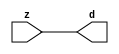

//------> ./rtl_mgc_ioport.v 
//------------------------------------------------------------------
//                M G C _ I O P O R T _ C O M P S
//------------------------------------------------------------------

//------------------------------------------------------------------
//                       M O D U L E S
//------------------------------------------------------------------

//------------------------------------------------------------------
//-- INPUT ENTITIES
//------------------------------------------------------------------

module mgc_in_wire (d, z);

  parameter integer rscid = 1;
  parameter integer width = 8;

  output [width-1:0] d;
  input  [width-1:0] z;

  wire   [width-1:0] d;

  assign d = z;

endmodule

//------------------------------------------------------------------

module mgc_in_wire_en (ld, d, lz, z);

  parameter integer rscid = 1;
  parameter integer width = 8;

  input              ld;
  output [width-1:0] d;
  output             lz;
  input  [width-1:0] z;

  wire   [width-1:0] d;
  wire               lz;

  assign d = z;
  assign lz = ld;

endmodule

//------------------------------------------------------------------

module mgc_in_wire_wait (ld, vd, d, lz, vz, z);

  parameter integer rscid = 1;
  parameter integer width = 8;

  input              ld;
  output             vd;
  output [width-1:0] d;
  output             lz;
  input              vz;
  input  [width-1:0] z;

  wire               vd;
  wire   [width-1:0] d;
  wire               lz;

  assign d = z;
  assign lz = ld;
  assign vd = vz;

endmodule
//------------------------------------------------------------------

module mgc_chan_in (ld, vd, d, lz, vz, z, size, req_size, sizez, sizelz);

  parameter integer rscid = 1;
  parameter integer width = 8;
  parameter integer sz_width = 8;

  input              ld;
  output             vd;
  output [width-1:0] d;
  output             lz;
  input              vz;
  input  [width-1:0] z;
  output [sz_width-1:0] size;
  input              req_size;
  input  [sz_width-1:0] sizez;
  output             sizelz;


  wire               vd;
  wire   [width-1:0] d;
  wire               lz;
  wire   [sz_width-1:0] size;
  wire               sizelz;

  assign d = z;
  assign lz = ld;
  assign vd = vz;
  assign size = sizez;
  assign sizelz = req_size;

endmodule


//------------------------------------------------------------------
//-- OUTPUT ENTITIES
//------------------------------------------------------------------

module mgc_out_stdreg (d, z);

  parameter integer rscid = 1;
  parameter integer width = 8;

  input    [width-1:0] d;
  output   [width-1:0] z;

  wire     [width-1:0] z;

  assign z = d;

endmodule

//------------------------------------------------------------------

module mgc_out_stdreg_en (ld, d, lz, z);

  parameter integer rscid = 1;
  parameter integer width = 8;

  input              ld;
  input  [width-1:0] d;
  output             lz;
  output [width-1:0] z;

  wire               lz;
  wire   [width-1:0] z;

  assign z = d;
  assign lz = ld;

endmodule

//------------------------------------------------------------------

module mgc_out_stdreg_wait (ld, vd, d, lz, vz, z);

  parameter integer rscid = 1;
  parameter integer width = 8;

  input              ld;
  output             vd;
  input  [width-1:0] d;
  output             lz;
  input              vz;
  output [width-1:0] z;

  wire               vd;
  wire               lz;
  wire   [width-1:0] z;

  assign z = d;
  assign lz = ld;
  assign vd = vz;

endmodule

//------------------------------------------------------------------

module mgc_out_prereg_en (ld, d, lz, z);

    parameter integer rscid = 1;
    parameter integer width = 8;

    input              ld;
    input  [width-1:0] d;
    output             lz;
    output [width-1:0] z;

    wire               lz;
    wire   [width-1:0] z;

    assign z = d;
    assign lz = ld;

endmodule

//------------------------------------------------------------------
//-- INOUT ENTITIES
//------------------------------------------------------------------

module mgc_inout_stdreg_en (ldin, din, ldout, dout, lzin, lzout, z);

    parameter integer rscid = 1;
    parameter integer width = 8;

    input              ldin;
    output [width-1:0] din;
    input              ldout;
    input  [width-1:0] dout;
    output             lzin;
    output             lzout;
    inout  [width-1:0] z;

    wire   [width-1:0] din;
    wire               lzin;
    wire               lzout;
    wire   [width-1:0] z;

    assign lzin = ldin;
    assign din = ldin ? z : {width{1'bz}};
    assign lzout = ldout;
    assign z = ldout ? dout : {width{1'bz}};

endmodule

//------------------------------------------------------------------
module hid_tribuf( I_SIG, ENABLE, O_SIG);
  parameter integer width = 8;

  input [width-1:0] I_SIG;
  input ENABLE;
  inout [width-1:0] O_SIG;

  assign O_SIG = (ENABLE) ? I_SIG : { width{1'bz}};

endmodule
//------------------------------------------------------------------

module mgc_inout_stdreg_wait (ldin, vdin, din, ldout, vdout, dout, lzin, vzin, lzout, vzout, z);

    parameter integer rscid = 1;
    parameter integer width = 8;

    input              ldin;
    output             vdin;
    output [width-1:0] din;
    input              ldout;
    output             vdout;
    input  [width-1:0] dout;
    output             lzin;
    input              vzin;
    output             lzout;
    input              vzout;
    inout  [width-1:0] z;

    wire               vdin;
    wire   [width-1:0] din;
    wire               vdout;
    wire               lzin;
    wire               lzout;
    wire   [width-1:0] z;
    wire   ldout_and_vzout;

    assign lzin = ldin;
    assign vdin = vzin;
    assign din = ldin ? z : {width{1'bz}};
    assign lzout = ldout;
    assign vdout = vzout ;
    assign ldout_and_vzout = ldout && vzout ;

    hid_tribuf #(width) tb( .I_SIG(dout),
                            .ENABLE(ldout_and_vzout),
                            .O_SIG(z) );

endmodule

//------------------------------------------------------------------

module mgc_inout_buf_wait (clk, en, arst, srst, ldin, vdin, din, ldout, vdout, dout, lzin, vzin, lzout, vzout, z);

    parameter integer rscid   = 0; // resource ID
    parameter integer width   = 8; // fifo width
    parameter         ph_clk  =  1'b1; // clock polarity 1=rising edge, 0=falling edge
    parameter         ph_en   =  1'b1; // clock enable polarity
    parameter         ph_arst =  1'b1; // async reset polarity
    parameter         ph_srst =  1'b1; // sync reset polarity

    input              clk;
    input              en;
    input              arst;
    input              srst;
    input              ldin;
    output             vdin;
    output [width-1:0] din;
    input              ldout;
    output             vdout;
    input  [width-1:0] dout;
    output             lzin;
    input              vzin;
    output             lzout;
    input              vzout;
    inout  [width-1:0] z;

    wire               lzout_buf;
    wire               vzout_buf;
    wire   [width-1:0] z_buf;
    wire               vdin;
    wire   [width-1:0] din;
    wire               vdout;
    wire               lzin;
    wire               lzout;
    wire   [width-1:0] z;

    assign lzin = ldin;
    assign vdin = vzin;
    assign din = ldin ? z : {width{1'bz}};
    assign lzout = lzout_buf & ~ldin;
    assign vzout_buf = vzout & ~ldin;
    hid_tribuf #(width) tb( .I_SIG(z_buf),
                            .ENABLE((lzout_buf && (!ldin) && vzout) ),
                            .O_SIG(z)  );

    mgc_out_buf_wait
    #(
        .rscid   (rscid),
        .width   (width),
        .ph_clk  (ph_clk),
        .ph_en   (ph_en),
        .ph_arst (ph_arst),
        .ph_srst (ph_srst)
    )
    BUFF
    (
        .clk     (clk),
        .en      (en),
        .arst    (arst),
        .srst    (srst),
        .ld      (ldout),
        .vd      (vdout),
        .d       (dout),
        .lz      (lzout_buf),
        .vz      (vzout_buf),
        .z       (z_buf)
    );


endmodule

module mgc_inout_fifo_wait (clk, en, arst, srst, ldin, vdin, din, ldout, vdout, dout, lzin, vzin, lzout, vzout, z);

    parameter integer rscid   = 0; // resource ID
    parameter integer width   = 8; // fifo width
    parameter integer fifo_sz = 8; // fifo depth
    parameter         ph_clk  = 1'b1;  // clock polarity 1=rising edge, 0=falling edge
    parameter         ph_en   = 1'b1;  // clock enable polarity
    parameter         ph_arst = 1'b1;  // async reset polarity
    parameter         ph_srst = 1'b1;  // sync reset polarity
    parameter integer ph_log2 = 3;     // log2(fifo_sz)
    parameter integer pwropt  = 0;     // pwropt

    input              clk;
    input              en;
    input              arst;
    input              srst;
    input              ldin;
    output             vdin;
    output [width-1:0] din;
    input              ldout;
    output             vdout;
    input  [width-1:0] dout;
    output             lzin;
    input              vzin;
    output             lzout;
    input              vzout;
    inout  [width-1:0] z;

    wire               lzout_buf;
    wire               vzout_buf;
    wire   [width-1:0] z_buf;
    wire               comb;
    wire               vdin;
    wire   [width-1:0] din;
    wire               vdout;
    wire               lzin;
    wire               lzout;
    wire   [width-1:0] z;

    assign lzin = ldin;
    assign vdin = vzin;
    assign din = ldin ? z : {width{1'bz}};
    assign lzout = lzout_buf & ~ldin;
    assign vzout_buf = vzout & ~ldin;
    assign comb = (lzout_buf && (!ldin) && vzout);

    hid_tribuf #(width) tb2( .I_SIG(z_buf), .ENABLE(comb), .O_SIG(z)  );

    mgc_out_fifo_wait
    #(
        .rscid   (rscid),
        .width   (width),
        .fifo_sz (fifo_sz),
        .ph_clk  (ph_clk),
        .ph_en   (ph_en),
        .ph_arst (ph_arst),
        .ph_srst (ph_srst),
        .ph_log2 (ph_log2),
        .pwropt  (pwropt)
    )
    FIFO
    (
        .clk   (clk),
        .en      (en),
        .arst    (arst),
        .srst    (srst),
        .ld      (ldout),
        .vd      (vdout),
        .d       (dout),
        .lz      (lzout_buf),
        .vz      (vzout_buf),
        .z       (z_buf)
    );

endmodule

//------------------------------------------------------------------
//-- I/O SYNCHRONIZATION ENTITIES
//------------------------------------------------------------------

module mgc_io_sync (ld, lz);

    input  ld;
    output lz;

    assign lz = ld;

endmodule

module mgc_bsync_rdy (rd, rz);

    parameter integer rscid   = 0; // resource ID
    parameter ready = 1;
    parameter valid = 0;

    input  rd;
    output rz;

    wire   rz;

    assign rz = rd;

endmodule

module mgc_bsync_vld (vd, vz);

    parameter integer rscid   = 0; // resource ID
    parameter ready = 0;
    parameter valid = 1;

    output vd;
    input  vz;

    wire   vd;

    assign vd = vz;

endmodule

module mgc_bsync_rv (rd, vd, rz, vz);

    parameter integer rscid   = 0; // resource ID
    parameter ready = 1;
    parameter valid = 1;

    input  rd;
    output vd;
    output rz;
    input  vz;

    wire   vd;
    wire   rz;

    assign rz = rd;
    assign vd = vz;

endmodule

//------------------------------------------------------------------

module mgc_sync (ldin, vdin, ldout, vdout);

  input  ldin;
  output vdin;
  input  ldout;
  output vdout;

  wire   vdin;
  wire   vdout;

  assign vdin = ldout;
  assign vdout = ldin;

endmodule

///////////////////////////////////////////////////////////////////////////////
// dummy function used to preserve funccalls for modulario
// it looks like a memory read to the caller
///////////////////////////////////////////////////////////////////////////////
module funccall_inout (d, ad, bd, z, az, bz);

  parameter integer ram_id = 1;
  parameter integer width = 8;
  parameter integer addr_width = 8;

  output [width-1:0]       d;
  input  [addr_width-1:0]  ad;
  input                    bd;
  input  [width-1:0]       z;
  output [addr_width-1:0]  az;
  output                   bz;

  wire   [width-1:0]       d;
  wire   [addr_width-1:0]  az;
  wire                     bz;

  assign d  = z;
  assign az = ad;
  assign bz = bd;

endmodule


///////////////////////////////////////////////////////////////////////////////
// inlinable modular io not otherwise found in mgc_ioport
///////////////////////////////////////////////////////////////////////////////

module modulario_en_in (vd, d, vz, z);

  parameter integer rscid = 1;
  parameter integer width = 8;

  output             vd;
  output [width-1:0] d;
  input              vz;
  input  [width-1:0] z;

  wire   [width-1:0] d;
  wire               vd;

  assign d = z;
  assign vd = vz;

endmodule

//------> ./rtl_mgc_ioport_v2001.v 
//------------------------------------------------------------------

module mgc_out_reg_pos (clk, en, arst, srst, ld, d, lz, z);

    parameter integer rscid   = 1;
    parameter integer width   = 8;
    parameter         ph_en   =  1'b1;
    parameter         ph_arst =  1'b1;
    parameter         ph_srst =  1'b1;

    input              clk;
    input              en;
    input              arst;
    input              srst;
    input              ld;
    input  [width-1:0] d;
    output             lz;
    output [width-1:0] z;

    reg                lz;
    reg    [width-1:0] z;

    generate
    if (ph_arst == 1'b0)
    begin: NEG_ARST
        always @(posedge clk or negedge arst)
        if (arst == 1'b0)
        begin: B1
            lz <= 1'b0;
            z  <= {width{1'b0}};
        end
        else if (srst == ph_srst)
        begin: B2
            lz <= 1'b0;
            z  <= {width{1'b0}};
        end
        else if (en == ph_en)
        begin: B3
            lz <= ld;
            z  <= (ld) ? d : z;
        end
    end
    else
    begin: POS_ARST
        always @(posedge clk or posedge arst)
        if (arst == 1'b1)
        begin: B1
            lz <= 1'b0;
            z  <= {width{1'b0}};
        end
        else if (srst == ph_srst)
        begin: B2
            lz <= 1'b0;
            z  <= {width{1'b0}};
        end
        else if (en == ph_en)
        begin: B3
            lz <= ld;
            z  <= (ld) ? d : z;
        end
    end
    endgenerate

endmodule

//------------------------------------------------------------------

module mgc_out_reg_neg (clk, en, arst, srst, ld, d, lz, z);

    parameter integer rscid   = 1;
    parameter integer width   = 8;
    parameter         ph_en   =  1'b1;
    parameter         ph_arst =  1'b1;
    parameter         ph_srst =  1'b1;

    input              clk;
    input              en;
    input              arst;
    input              srst;
    input              ld;
    input  [width-1:0] d;
    output             lz;
    output [width-1:0] z;

    reg                lz;
    reg    [width-1:0] z;

    generate
    if (ph_arst == 1'b0)
    begin: NEG_ARST
        always @(negedge clk or negedge arst)
        if (arst == 1'b0)
        begin: B1
            lz <= 1'b0;
            z  <= {width{1'b0}};
        end
        else if (srst == ph_srst)
        begin: B2
            lz <= 1'b0;
            z  <= {width{1'b0}};
        end
        else if (en == ph_en)
        begin: B3
            lz <= ld;
            z  <= (ld) ? d : z;
        end
    end
    else
    begin: POS_ARST
        always @(negedge clk or posedge arst)
        if (arst == 1'b1)
        begin: B1
            lz <= 1'b0;
            z  <= {width{1'b0}};
        end
        else if (srst == ph_srst)
        begin: B2
            lz <= 1'b0;
            z  <= {width{1'b0}};
        end
        else if (en == ph_en)
        begin: B3
            lz <= ld;
            z  <= (ld) ? d : z;
        end
    end
    endgenerate

endmodule

//------------------------------------------------------------------

module mgc_out_reg (clk, en, arst, srst, ld, d, lz, z); // Not Supported

    parameter integer rscid   = 1;
    parameter integer width   = 8;
    parameter         ph_clk  =  1'b1;
    parameter         ph_en   =  1'b1;
    parameter         ph_arst =  1'b1;
    parameter         ph_srst =  1'b1;

    input              clk;
    input              en;
    input              arst;
    input              srst;
    input              ld;
    input  [width-1:0] d;
    output             lz;
    output [width-1:0] z;


    generate
    if (ph_clk == 1'b0)
    begin: NEG_EDGE

        mgc_out_reg_neg
        #(
            .rscid   (rscid),
            .width   (width),
            .ph_en   (ph_en),
            .ph_arst (ph_arst),
            .ph_srst (ph_srst)
        )
        mgc_out_reg_neg_inst
        (
            .clk     (clk),
            .en      (en),
            .arst    (arst),
            .srst    (srst),
            .ld      (ld),
            .d       (d),
            .lz      (lz),
            .z       (z)
        );

    end
    else
    begin: POS_EDGE

        mgc_out_reg_pos
        #(
            .rscid   (rscid),
            .width   (width),
            .ph_en   (ph_en),
            .ph_arst (ph_arst),
            .ph_srst (ph_srst)
        )
        mgc_out_reg_pos_inst
        (
            .clk     (clk),
            .en      (en),
            .arst    (arst),
            .srst    (srst),
            .ld      (ld),
            .d       (d),
            .lz      (lz),
            .z       (z)
        );

    end
    endgenerate

endmodule




//------------------------------------------------------------------

module mgc_out_buf_wait (clk, en, arst, srst, ld, vd, d, vz, lz, z); // Not supported

    parameter integer rscid   = 1;
    parameter integer width   = 8;
    parameter         ph_clk  =  1'b1;
    parameter         ph_en   =  1'b1;
    parameter         ph_arst =  1'b1;
    parameter         ph_srst =  1'b1;

    input              clk;
    input              en;
    input              arst;
    input              srst;
    input              ld;
    output             vd;
    input  [width-1:0] d;
    output             lz;
    input              vz;
    output [width-1:0] z;

    wire               filled;
    wire               filled_next;
    wire   [width-1:0] abuf;
    wire               lbuf;


    assign filled_next = (filled & (~vz)) | (filled & ld) | (ld & (~vz));

    assign lbuf = ld & ~(filled ^ vz);

    assign vd = vz | ~filled;

    assign lz = ld | filled;

    assign z = (filled) ? abuf : d;

    wire dummy;
    wire dummy_bufreg_lz;

    // Output registers:
    mgc_out_reg
    #(
        .rscid   (rscid),
        .width   (1'b1),
        .ph_clk  (ph_clk),
        .ph_en   (ph_en),
        .ph_arst (ph_arst),
        .ph_srst (ph_srst)
    )
    STATREG
    (
        .clk     (clk),
        .en      (en),
        .arst    (arst),
        .srst    (srst),
        .ld      (filled_next),
        .d       (1'b0),       // input d is unused
        .lz      (filled),
        .z       (dummy)            // output z is unused
    );

    mgc_out_reg
    #(
        .rscid   (rscid),
        .width   (width),
        .ph_clk  (ph_clk),
        .ph_en   (ph_en),
        .ph_arst (ph_arst),
        .ph_srst (ph_srst)
    )
    BUFREG
    (
        .clk     (clk),
        .en      (en),
        .arst    (arst),
        .srst    (srst),
        .ld      (lbuf),
        .d       (d),
        .lz      (dummy_bufreg_lz),
        .z       (abuf)
    );

endmodule

//------------------------------------------------------------------

module mgc_out_fifo_wait (clk, en, arst, srst, ld, vd, d, lz, vz,  z);

    parameter integer rscid   = 0; // resource ID
    parameter integer width   = 8; // fifo width
    parameter integer fifo_sz = 8; // fifo depth
    parameter         ph_clk  = 1'b1; // clock polarity 1=rising edge, 0=falling edge
    parameter         ph_en   = 1'b1; // clock enable polarity
    parameter         ph_arst = 1'b1; // async reset polarity
    parameter         ph_srst = 1'b1; // sync reset polarity
    parameter integer ph_log2 = 3; // log2(fifo_sz)
    parameter integer pwropt  = 0; // pwropt


    input                 clk;
    input                 en;
    input                 arst;
    input                 srst;
    input                 ld;    // load data
    output                vd;    // fifo full active low
    input     [width-1:0] d;
    output                lz;    // fifo ready to send
    input                 vz;    // dest ready for data
    output    [width-1:0] z;

    wire    [31:0]      size;


      // Output registers:
 mgc_out_fifo_wait_core#(
        .rscid   (rscid),
        .width   (width),
        .sz_width (32),
        .fifo_sz (fifo_sz),
        .ph_clk  (ph_clk),
        .ph_en   (ph_en),
        .ph_arst (ph_arst),
        .ph_srst (ph_srst),
        .ph_log2 (ph_log2),
        .pwropt  (pwropt)
        ) CORE (
        .clk (clk),
        .en (en),
        .arst (arst),
        .srst (srst),
        .ld (ld),
        .vd (vd),
        .d (d),
        .lz (lz),
        .vz (vz),
        .z (z),
        .size (size)
        );

endmodule



module mgc_out_fifo_wait_core (clk, en, arst, srst, ld, vd, d, lz, vz,  z, size);

    parameter integer rscid   = 0; // resource ID
    parameter integer width   = 8; // fifo width
    parameter integer sz_width = 8; // size of port for elements in fifo
    parameter integer fifo_sz = 8; // fifo depth
    parameter         ph_clk  =  1'b1; // clock polarity 1=rising edge, 0=falling edge
    parameter         ph_en   =  1'b1; // clock enable polarity
    parameter         ph_arst =  1'b1; // async reset polarity
    parameter         ph_srst =  1'b1; // sync reset polarity
    parameter integer ph_log2 = 3; // log2(fifo_sz)
    parameter integer pwropt  = 0; // pwropt

   localparam integer  fifo_b = width * fifo_sz;

    input                 clk;
    input                 en;
    input                 arst;
    input                 srst;
    input                 ld;    // load data
    output                vd;    // fifo full active low
    input     [width-1:0] d;
    output                lz;    // fifo ready to send
    input                 vz;    // dest ready for data
    output    [width-1:0] z;
    output    [sz_width-1:0]      size;

    reg      [( (fifo_sz > 0) ? fifo_sz : 1)-1:0] stat_pre;
    wire     [( (fifo_sz > 0) ? fifo_sz : 1)-1:0] stat;
    reg      [( (fifo_b > 0) ? fifo_b : 1)-1:0] buff_pre;
    wire     [( (fifo_b > 0) ? fifo_b : 1)-1:0] buff;
    reg      [( (fifo_sz > 0) ? fifo_sz : 1)-1:0] en_l;
    reg      [(((fifo_sz > 0) ? fifo_sz : 1)-1)/8:0] en_l_s;

    reg       [width-1:0] buff_nxt;

    reg                   stat_nxt;
    reg                   stat_before;
    reg                   stat_after;
    reg                   en_l_var;

    integer               i;
    genvar                eni;

    wire [32:0]           size_t;
    reg [31:0]            count;
    reg [31:0]            count_t;
    reg [32:0]            n_elem;
// pragma translate_off
    reg [31:0]            peak;
// pragma translate_on

    wire [( (fifo_sz > 0) ? fifo_sz : 1)-1:0] dummy_statreg_lz;
    wire [( (fifo_b > 0) ? fifo_b : 1)-1:0] dummy_bufreg_lz;

    generate
    if ( fifo_sz > 0 )
    begin: FIFO_REG
      assign vd = vz | ~stat[0];
      assign lz = ld | stat[fifo_sz-1];
      assign size_t = (count - (vz && stat[fifo_sz-1])) + ld;
      assign size = size_t[sz_width-1:0];
      assign z = (stat[fifo_sz-1]) ? buff[fifo_b-1:width*(fifo_sz-1)] : d;

      always @(*)
      begin: FIFOPROC
        n_elem = 33'b0;
        for (i = fifo_sz-1; i >= 0; i = i - 1)
        begin
          if (i != 0)
            stat_before = stat[i-1];
          else
            stat_before = 1'b0;

          if (i != (fifo_sz-1))
            stat_after = stat[i+1];
          else
            stat_after = 1'b1;

          stat_nxt = stat_after &
                    (stat_before | (stat[i] & (~vz)) | (stat[i] & ld) | (ld & (~vz)));

          stat_pre[i] = stat_nxt;
          en_l_var = 1'b1;
          if (!stat_nxt)
            begin
              buff_nxt = {width{1'b0}};
              en_l_var = 1'b0;
            end
          else if (vz && stat_before)
            buff_nxt[0+:width] = buff[width*(i-1)+:width];
          else if (ld && !((vz && stat_before) || ((!vz) && stat[i])))
            buff_nxt = d;
          else
            begin
              if (pwropt == 0)
                buff_nxt[0+:width] = buff[width*i+:width];
              else
                buff_nxt = {width{1'b0}};
              en_l_var = 1'b0;
            end

          if (ph_en != 0)
            en_l[i] = en & en_l_var;
          else
            en_l[i] = en | ~en_l_var;

          buff_pre[width*i+:width] = buff_nxt[0+:width];

          if ((stat_after == 1'b1) && (stat[i] == 1'b0))
            n_elem = ($unsigned(fifo_sz) - 1) - i;
        end

        if (ph_en != 0)
          en_l_s[(((fifo_sz > 0) ? fifo_sz : 1)-1)/8] = 1'b1;
        else
          en_l_s[(((fifo_sz > 0) ? fifo_sz : 1)-1)/8] = 1'b0;

        for (i = fifo_sz-1; i >= 7; i = i - 1)
        begin
          if ((i%'d2) == 0)
          begin
            if (ph_en != 0)
              en_l_s[(i/8)-1] = en & (stat[i]|stat_pre[i-1]);
            else
              en_l_s[(i/8)-1] = en | ~(stat[i]|stat_pre[i-1]);
          end
        end

        if ( stat[fifo_sz-1] == 1'b0 )
          count_t = 32'b0;
        else if ( stat[0] == 1'b1 )
          count_t = { {(32-ph_log2){1'b0}}, fifo_sz};
        else
          count_t = n_elem[31:0];
        count = count_t;
// pragma translate_off
        if ( peak < count )
          peak = count;
// pragma translate_on
      end

      if (pwropt == 0)
      begin: NOCGFIFO
        // Output registers:
        mgc_out_reg
        #(
            .rscid   (rscid),
            .width   (fifo_sz),
            .ph_clk  (ph_clk),
            .ph_en   (ph_en),
            .ph_arst (ph_arst),
            .ph_srst (ph_srst)
        )
        STATREG
        (
            .clk     (clk),
            .en      (en),
            .arst    (arst),
            .srst    (srst),
            .ld      (1'b1),
            .d       (stat_pre),
            .lz      (dummy_statreg_lz[0]),
            .z       (stat)
        );
        mgc_out_reg
        #(
            .rscid   (rscid),
            .width   (fifo_b),
            .ph_clk  (ph_clk),
            .ph_en   (ph_en),
            .ph_arst (ph_arst),
            .ph_srst (ph_srst)
        )
        BUFREG
        (
            .clk     (clk),
            .en      (en),
            .arst    (arst),
            .srst    (srst),
            .ld      (1'b1),
            .d       (buff_pre),
            .lz      (dummy_bufreg_lz[0]),
            .z       (buff)
        );
      end
      else
      begin: CGFIFO
        // Output registers:
        if ( pwropt > 1)
        begin: CGSTATFIFO2
          for (eni = fifo_sz-1; eni >= 0; eni = eni - 1)
          begin: pwroptGEN1
            mgc_out_reg
            #(
              .rscid   (rscid),
              .width   (1),
              .ph_clk  (ph_clk),
              .ph_en   (ph_en),
              .ph_arst (ph_arst),
              .ph_srst (ph_srst)
            )
            STATREG
            (
              .clk     (clk),
              .en      (en_l_s[eni/8]),
              .arst    (arst),
              .srst    (srst),
              .ld      (1'b1),
              .d       (stat_pre[eni]),
              .lz      (dummy_statreg_lz[eni]),
              .z       (stat[eni])
            );
          end
        end
        else
        begin: CGSTATFIFO
          mgc_out_reg
          #(
            .rscid   (rscid),
            .width   (fifo_sz),
            .ph_clk  (ph_clk),
            .ph_en   (ph_en),
            .ph_arst (ph_arst),
            .ph_srst (ph_srst)
          )
          STATREG
          (
            .clk     (clk),
            .en      (en),
            .arst    (arst),
            .srst    (srst),
            .ld      (1'b1),
            .d       (stat_pre),
            .lz      (dummy_statreg_lz[0]),
            .z       (stat)
          );
        end
        for (eni = fifo_sz-1; eni >= 0; eni = eni - 1)
        begin: pwroptGEN2
          mgc_out_reg
          #(
            .rscid   (rscid),
            .width   (width),
            .ph_clk  (ph_clk),
            .ph_en   (ph_en),
            .ph_arst (ph_arst),
            .ph_srst (ph_srst)
          )
          BUFREG
          (
            .clk     (clk),
            .en      (en_l[eni]),
            .arst    (arst),
            .srst    (srst),
            .ld      (1'b1),
            .d       (buff_pre[width*eni+:width]),
            .lz      (dummy_bufreg_lz[eni]),
            .z       (buff[width*eni+:width])
          );
        end
      end
    end
    else
    begin: FEED_THRU
      assign vd = vz;
      assign lz = ld;
      assign z = d;
      assign size = ld && !vz;
    end
    endgenerate

endmodule

//------------------------------------------------------------------
//-- PIPE ENTITIES
//------------------------------------------------------------------
/*
 *
 *             _______________________________________________
 * WRITER    |                                               |          READER
 *           |           MGC_PIPE                            |
 *           |           __________________________          |
 *        --<| vdout  --<| vd ---------------  vz<|-----ldin<|---
 *           |           |      FIFO              |          |
 *        ---|>ldout  ---|>ld ---------------- lz |> ---vdin |>--
 *        ---|>dout -----|>d  ---------------- dz |> ----din |>--
 *           |           |________________________|          |
 *           |_______________________________________________|
 */
// two clock pipe
module mgc_pipe (clk, en, arst, srst, ldin, vdin, din, ldout, vdout, dout, size, req_size);

    parameter integer rscid   = 0; // resource ID
    parameter integer width   = 8; // fifo width
    parameter integer sz_width = 8; // width of size of elements in fifo
    parameter integer fifo_sz = 8; // fifo depth
    parameter integer log2_sz = 3; // log2(fifo_sz)
    parameter         ph_clk  = 1'b1;  // clock polarity 1=rising edge, 0=falling edge
    parameter         ph_en   = 1'b1;  // clock enable polarity
    parameter         ph_arst = 1'b1;  // async reset polarity
    parameter         ph_srst = 1'b1;  // sync reset polarity
    parameter integer pwropt  = 0; // pwropt

    input              clk;
    input              en;
    input              arst;
    input              srst;
    input              ldin;
    output             vdin;
    output [width-1:0] din;
    input              ldout;
    output             vdout;
    input  [width-1:0] dout;
    output [sz_width-1:0]      size;
    input              req_size;


    mgc_out_fifo_wait_core
    #(
        .rscid    (rscid),
        .width    (width),
        .sz_width (sz_width),
        .fifo_sz  (fifo_sz),
        .ph_clk   (ph_clk),
        .ph_en    (ph_en),
        .ph_arst  (ph_arst),
        .ph_srst  (ph_srst),
        .ph_log2  (log2_sz),
        .pwropt   (pwropt)
    )
    FIFO
    (
        .clk     (clk),
        .en      (en),
        .arst    (arst),
        .srst    (srst),
        .ld      (ldout),
        .vd      (vdout),
        .d       (dout),
        .lz      (vdin),
        .vz      (ldin),
        .z       (din),
        .size    (size)
    );

endmodule


//------> ./rtl.v 
// ----------------------------------------------------------------------
//  HLS HDL:        Verilog Netlister
//  HLS Version:    2011a.126 Production Release
//  HLS Date:       Wed Aug  8 00:52:07 PDT 2012
// 
//  Generated by:   jb914@EEWS104A-014
//  Generated date: Wed May 06 12:42:04 2015
// ----------------------------------------------------------------------

// 
// ------------------------------------------------------------------
//  Design Unit:    red_tint_core
// ------------------------------------------------------------------


module red_tint_core (
  clk, en, arst_n, video_out_rsc_mgc_out_stdreg_d, mouse_xy_rsc_mgc_in_wire_d
);
  input clk;
  input en;
  input arst_n;
  output [29:0] video_out_rsc_mgc_out_stdreg_d;
  input [19:0] mouse_xy_rsc_mgc_in_wire_d;


  // Interconnect Declarations
  reg reg_video_out_rsc_mgc_out_stdreg_d_reg;
  reg reg_video_out_rsc_mgc_out_stdreg_d_1_reg;
  wire [7:0] if_acc_itm;
  wire [8:0] nl_if_acc_itm;


  // Interconnect Declarations for Component Instantiations 
  assign video_out_rsc_mgc_out_stdreg_d = {({{9{reg_video_out_rsc_mgc_out_stdreg_d_reg}},
      reg_video_out_rsc_mgc_out_stdreg_d_reg}) , ({{9{reg_video_out_rsc_mgc_out_stdreg_d_1_reg}},
      reg_video_out_rsc_mgc_out_stdreg_d_1_reg}) , 10'b0};
  assign nl_if_acc_itm = ({1'b1 , (~ (mouse_xy_rsc_mgc_in_wire_d[8:2]))}) + 8'b11;
  assign if_acc_itm = nl_if_acc_itm[7:0];
  always @(posedge clk or negedge arst_n) begin
    if ( ~ arst_n ) begin
      reg_video_out_rsc_mgc_out_stdreg_d_reg <= 1'b0;
      reg_video_out_rsc_mgc_out_stdreg_d_1_reg <= 1'b0;
    end
    else begin
      if ( en ) begin
        reg_video_out_rsc_mgc_out_stdreg_d_reg <= if_acc_itm[7];
        reg_video_out_rsc_mgc_out_stdreg_d_1_reg <= ~ (if_acc_itm[7]);
      end
    end
  end
endmodule

// ------------------------------------------------------------------
//  Design Unit:    red_tint
//  Generated from file(s):
//    3) $PROJECT_HOME/MouseTintRed.c
// ------------------------------------------------------------------


module red_tint (
  video_out_rsc_z, mouse_xy_rsc_z, clk, en, arst_n
);
  output [29:0] video_out_rsc_z;
  input [19:0] mouse_xy_rsc_z;
  input clk;
  input en;
  input arst_n;


  // Interconnect Declarations
  wire [29:0] video_out_rsc_mgc_out_stdreg_d;
  wire [19:0] mouse_xy_rsc_mgc_in_wire_d;


  // Interconnect Declarations for Component Instantiations 
  mgc_out_stdreg #(.rscid(2),
  .width(30)) video_out_rsc_mgc_out_stdreg (
      .d(video_out_rsc_mgc_out_stdreg_d),
      .z(video_out_rsc_z)
    );
  mgc_in_wire #(.rscid(3),
  .width(20)) mouse_xy_rsc_mgc_in_wire (
      .d(mouse_xy_rsc_mgc_in_wire_d),
      .z(mouse_xy_rsc_z)
    );
  red_tint_core red_tint_core_inst (
      .clk(clk),
      .en(en),
      .arst_n(arst_n),
      .video_out_rsc_mgc_out_stdreg_d(video_out_rsc_mgc_out_stdreg_d),
      .mouse_xy_rsc_mgc_in_wire_d(mouse_xy_rsc_mgc_in_wire_d)
    );
endmodule